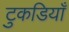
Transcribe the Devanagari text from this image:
टुकडियाँ